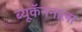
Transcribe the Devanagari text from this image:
ब्यूकॅननाला